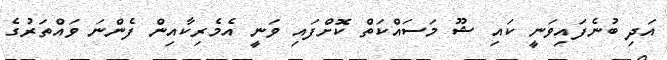
އަދި ބުނެފައިވަނީ ކައި ޝޫ މަސައްކަތް ކޮށްފައި ވަނީ އެމެރިކާއިން ފެންނަ ވައްތަރުގެ